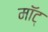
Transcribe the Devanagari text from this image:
माॅट्